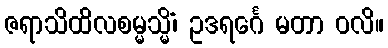
ဇရာသိထိလစမ္မသ္မိံ၊ ဥဒရင်္ဂေ မတာ ဝလိ။